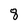
Character: 8